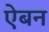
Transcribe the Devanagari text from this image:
ऐबन